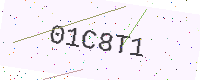
Text: 01C8T1